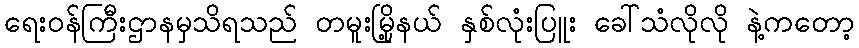
ရေးဝန်ကြီးဌာနမှသိရသည် တမူးမြို့နယ် နှစ်လုံးပြူး ခေါ်သံလိုလို နဲ့ကတော့